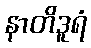
နာတိဒူရံ